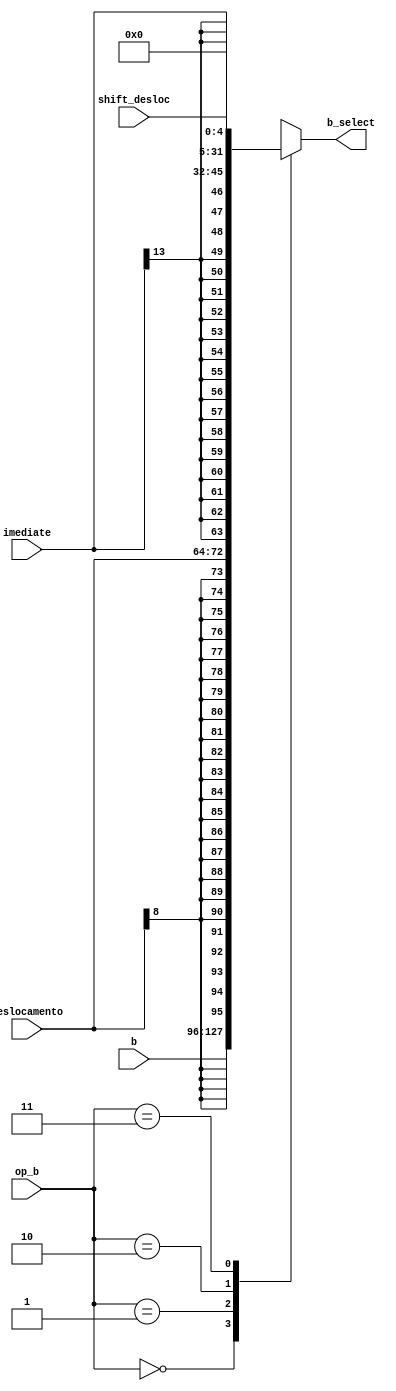
module mux_op_b(
input[8:0] deslocamento,
input[31:0] b,
input[13:0] imediate,
input[4:0] shift_desloc,
input[1:0] op_b,
output reg[31:0] b_select);

parameter zero = 32'd0;
parameter extend5 = 27'd0;

always @(*)
begin
	case(op_b)
		2'b00://b_select eh o b
			b_select <= b;
		2'b01://b_select eh o deslocamento -- operacoes LOAD e STORE
			b_select <= $signed(deslocamento);
		2'b10://b_select eh o imediate -- operacao ADDI
			b_select <= $signed(imediate);
		2'b11://b_select eh o shift_desloc -- operacoes SL e SR
			b_select <= {extend5,shift_desloc};
		default:
			b_select <= zero;
	endcase
end

endmodule